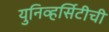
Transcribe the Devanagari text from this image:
युनिव्हर्सिटीची